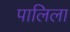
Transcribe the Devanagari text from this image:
पालिला